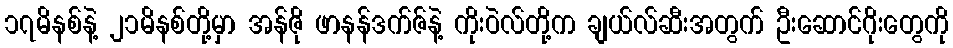
၁၇မိနစ်နဲ့ ၂၁မိနစ်တို့မှာ အန်ဇို ဖာနန်ဒက်ဇ်နဲ့ ကိုးဝဲလ်တို့က ချယ်လ်ဆီးအတွက် ဦးဆောင်ဂိုးတွေကို